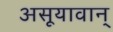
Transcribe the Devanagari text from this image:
असूयावान्